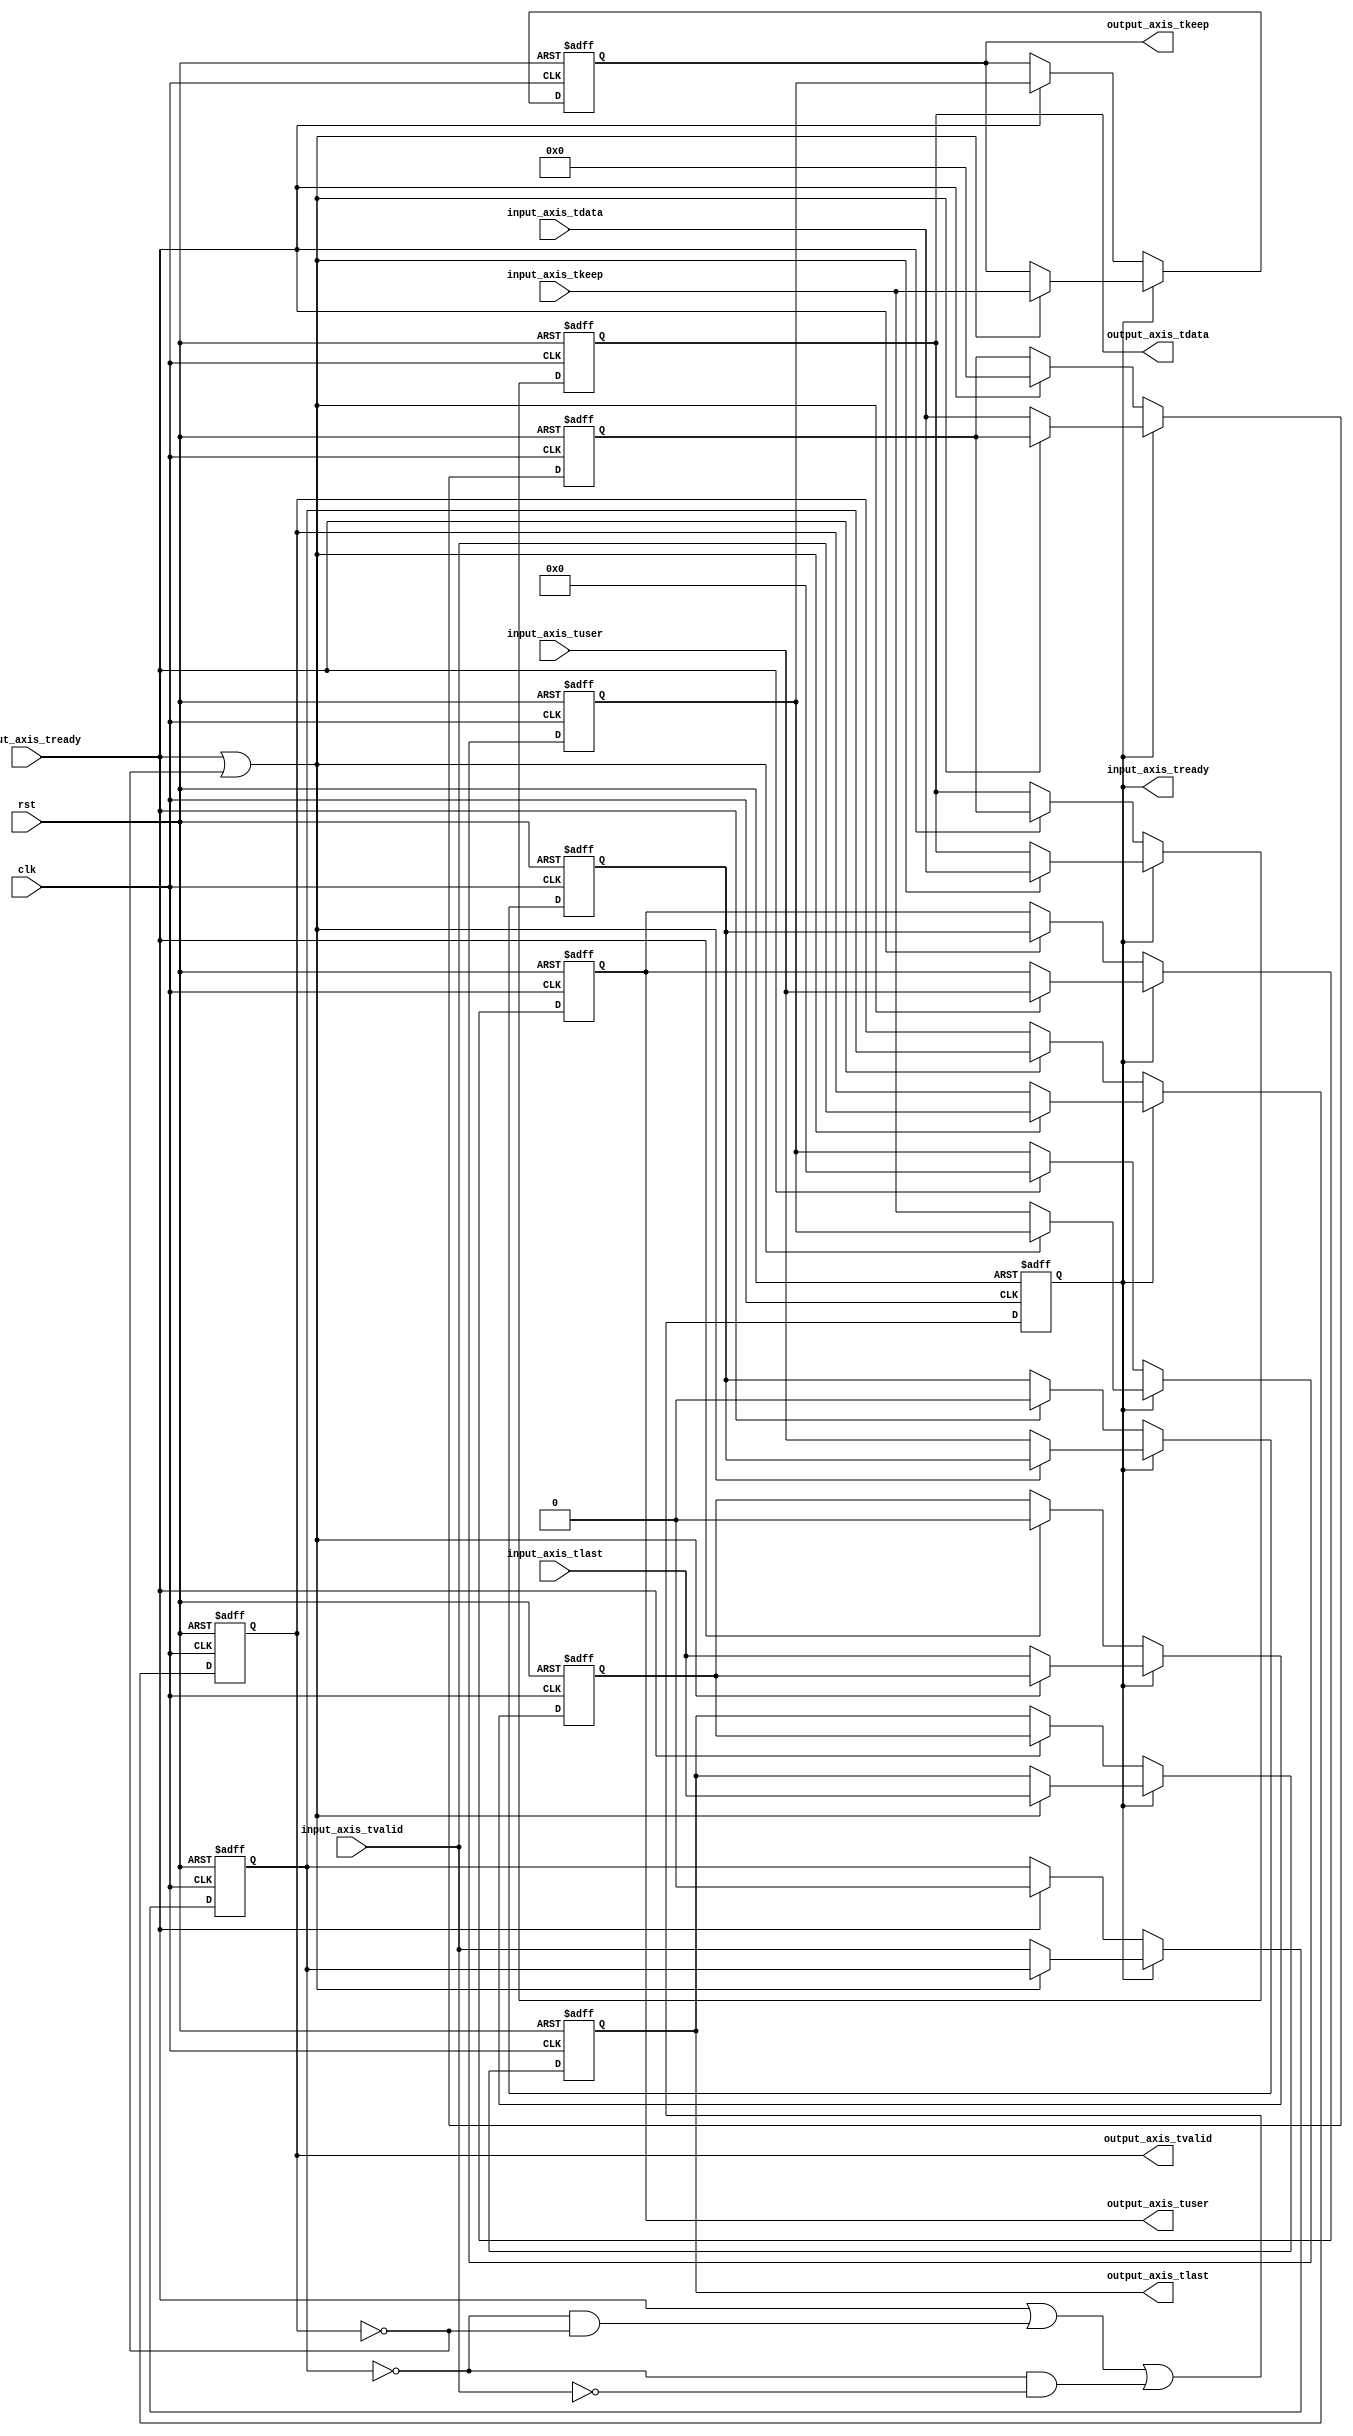
module axis_register_64 #
(
    parameter DATA_WIDTH = 64,
    parameter KEEP_WIDTH = (DATA_WIDTH/8)
)
(
    input  wire                   clk,
    input  wire                   rst,
    input  wire [DATA_WIDTH-1:0]  input_axis_tdata,
    input  wire [KEEP_WIDTH-1:0]  input_axis_tkeep,
    input  wire                   input_axis_tvalid,
    output wire                   input_axis_tready,
    input  wire                   input_axis_tlast,
    input  wire                   input_axis_tuser,
    output wire [DATA_WIDTH-1:0]  output_axis_tdata,
    output wire [KEEP_WIDTH-1:0]  output_axis_tkeep,
    output wire                   output_axis_tvalid,
    input  wire                   output_axis_tready,
    output wire                   output_axis_tlast,
    output wire                   output_axis_tuser
);
reg                  input_axis_tready_reg = 0;
reg [DATA_WIDTH-1:0] output_axis_tdata_reg = 0;
reg [KEEP_WIDTH-1:0] output_axis_tkeep_reg = 0;
reg                  output_axis_tvalid_reg = 0;
reg                  output_axis_tlast_reg = 0;
reg                  output_axis_tuser_reg = 0;
reg [DATA_WIDTH-1:0] temp_axis_tdata_reg = 0;
reg [KEEP_WIDTH-1:0] temp_axis_tkeep_reg = 0;
reg                  temp_axis_tvalid_reg = 0;
reg                  temp_axis_tlast_reg = 0;
reg                  temp_axis_tuser_reg = 0;
assign input_axis_tready = input_axis_tready_reg;
assign output_axis_tdata = output_axis_tdata_reg;
assign output_axis_tkeep = output_axis_tkeep_reg;
assign output_axis_tvalid = output_axis_tvalid_reg;
assign output_axis_tlast = output_axis_tlast_reg;
assign output_axis_tuser = output_axis_tuser_reg;
always @(posedge clk or posedge rst) begin
    if (rst) begin
        input_axis_tready_reg <= 0;
        output_axis_tdata_reg <= 0;
        output_axis_tkeep_reg <= 0;
        output_axis_tvalid_reg <= 0;
        output_axis_tlast_reg <= 0;
        output_axis_tuser_reg <= 0;
        temp_axis_tdata_reg <= 0;
        temp_axis_tkeep_reg <= 0;
        temp_axis_tvalid_reg <= 0;
        temp_axis_tlast_reg <= 0;
        temp_axis_tuser_reg <= 0;
    end else begin
        input_axis_tready_reg <= output_axis_tready | (~temp_axis_tvalid_reg & ~output_axis_tvalid_reg) | (~temp_axis_tvalid_reg & ~input_axis_tvalid);
        if (input_axis_tready_reg) begin
            if (output_axis_tready | ~output_axis_tvalid_reg) begin
                output_axis_tdata_reg <= input_axis_tdata;
                output_axis_tkeep_reg <= input_axis_tkeep;
                output_axis_tvalid_reg <= input_axis_tvalid;
                output_axis_tlast_reg <= input_axis_tlast;
                output_axis_tuser_reg <= input_axis_tuser;
            end else begin
                temp_axis_tdata_reg <= input_axis_tdata;
                temp_axis_tkeep_reg <= input_axis_tkeep;
                temp_axis_tvalid_reg <= input_axis_tvalid;
                temp_axis_tlast_reg <= input_axis_tlast;
                temp_axis_tuser_reg <= input_axis_tuser;
            end
        end else if (output_axis_tready) begin
            output_axis_tdata_reg <= temp_axis_tdata_reg;
            output_axis_tkeep_reg <= temp_axis_tkeep_reg;
            output_axis_tvalid_reg <= temp_axis_tvalid_reg;
            output_axis_tlast_reg <= temp_axis_tlast_reg;
            output_axis_tuser_reg <= temp_axis_tuser_reg;
            temp_axis_tdata_reg <= 0;
            temp_axis_tkeep_reg <= 0;
            temp_axis_tvalid_reg <= 0;
            temp_axis_tlast_reg <= 0;
            temp_axis_tuser_reg <= 0;
        end
    end
end
endmodule